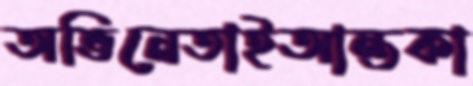
অভিনেতাইআন্তকা